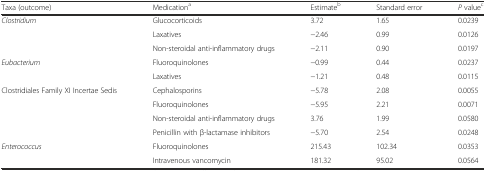
<table><thead><tr><td><b>Taxa (outcome)</b></td><td><b>Medication<sup>a</sup></b></td><td><b>Estimate<sup>b</sup></b></td><td><b>Standard error</b></td><td><b><i>P</i> value<sup>c</sup></b></td></tr></thead><tbody><tr><td rowspan="3"><i>Clostridium</i></td><td>Glucocorticoids</td><td>3.72</td><td>1.65</td><td>0.0239</td></tr><tr><td>Laxatives</td><td>−2.46</td><td>0.99</td><td>0.0126</td></tr><tr><td>Non-steroidal anti-inflammatory drugs</td><td>−2.11</td><td>0.90</td><td>0.0197</td></tr><tr><td rowspan="2"><i>Eubacterium</i></td><td>Fluoroquinolones</td><td>−0.99</td><td>0.44</td><td>0.0237</td></tr><tr><td>Laxatives</td><td>−1.21</td><td>0.48</td><td>0.0115</td></tr><tr><td rowspan="4">Clostridiales Family XI Incertae Sedis</td><td>Cephalosporins</td><td>−5.78</td><td>2.08</td><td>0.0055</td></tr><tr><td>Fluoroquinolones</td><td>−5.95</td><td>2.21</td><td>0.0071</td></tr><tr><td>Non-steroidal anti-inflammatory drugs</td><td>3.76</td><td>1.99</td><td>0.0580</td></tr><tr><td>Penicillin with β-lactamase inhibitors</td><td>−5.70</td><td>2.54</td><td>0.0248</td></tr><tr><td rowspan="2"><i>Enterococcus</i></td><td>Fluoroquinolones</td><td>215.43</td><td>102.34</td><td>0.0353</td></tr><tr><td>Intravenous vancomycin</td><td>181.32</td><td>95.02</td><td>0.0564</td></tr></tbody></table>